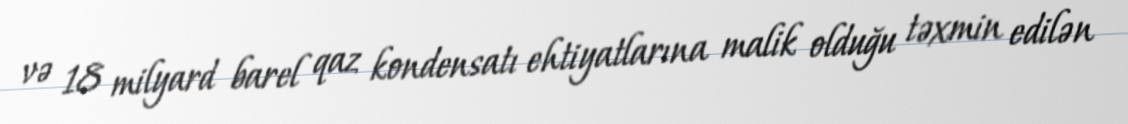
və 18 milyard barel qaz kondensatı ehtiyatlarına malik olduğu təxmin edilən